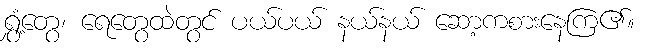
ရွှံ့တွေ၊ ရေတွေထဲတွင် ပယ်ပယ် နယ်နယ် ဆော့ကစားနေကြ၏။